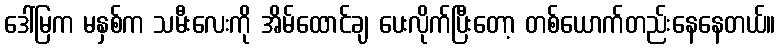
ဒေါ်မြက မနှစ်က သမီးလေးကို အိမ်ထောင်ချ ပေးလိုက်ပြီးတော့ တစ်ယောက်တည်းနေနေတယ်။